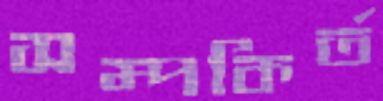
সম্পকির্ত